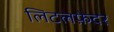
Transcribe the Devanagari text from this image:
लिटलफ़ेदर